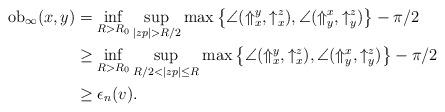
LaTeX: \begin{align*}{\rm ob}_\infty(x,y) &= \inf_{R > R_0} \sup_{|zp| > R/2} \max \left\{ \angle (\Uparrow_x^y, \uparrow_x^z), \angle (\Uparrow_y^x, \uparrow_y^z) \right\} - \pi/2 \\&\ge \inf_{R > R_0} \sup_{R/2 < |zp| \le R} \max \left\{ \angle (\Uparrow_x^y, \uparrow_x^z), \angle (\Uparrow_y^x, \uparrow_y^z) \right\} - \pi/2 \\&\ge \epsilon_n(v). \end{align*}